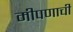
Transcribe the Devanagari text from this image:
मीपणाची